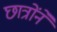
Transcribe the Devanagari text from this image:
छात्रोंने